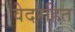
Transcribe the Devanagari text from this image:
वेदरहित